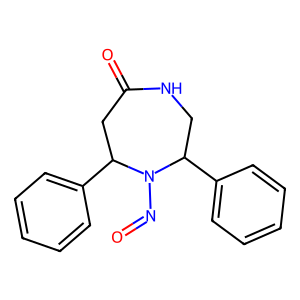
SMILES: O=NN1C(c2ccccc2)CNC(=O)CC1c1ccccc1
Inhibits HIV replication: No